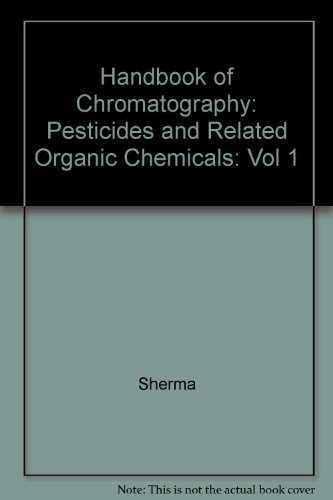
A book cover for Hdbk Chromatography Pesticides & Related Organic CHEM Vol 1 (CRC handbook of chromatography); Science & Math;